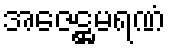
အဇေဋ္ဌမရဏံ